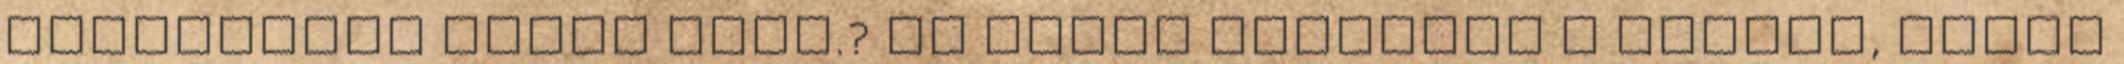
vesztettem ennyi vért.? Az orvos elhagyja a szobát, Sarah